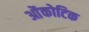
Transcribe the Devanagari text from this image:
ओंकोटिक